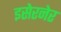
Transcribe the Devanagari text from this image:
इसेरनेर